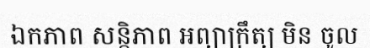
ឯកភាព សន្តិភាព អព្យាក្រឹត្យ មិន ចូល